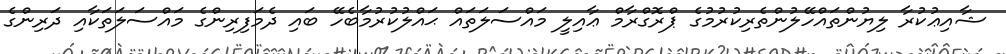
ޝާއިޢުކުރާ ލިޔުންތައްހޭލުންތެރިކުރުމުގެ ޕްރޮގްރާމް ޢާއިލީ މައްސަލަތައް ޙައްލުކުރުމާބެހޭ ބައި ދެމަފިރިންގެ މައްސަލަތަކާއި ދަރިންގެ